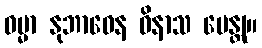
ဓမ္မာ နုဘာဝေန ဝိနာသ မေန္တု။